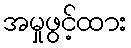
အမှုဖွင့်ထား